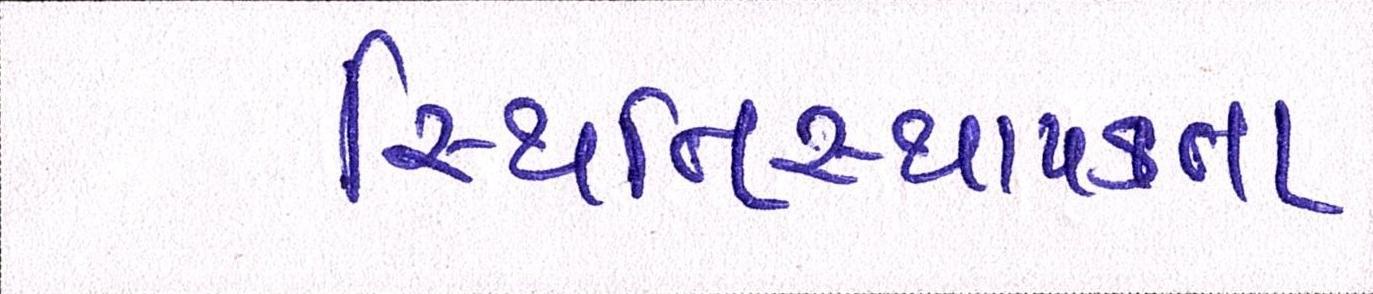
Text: સ્થિતિસ્થાપકતા